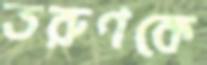
তরুণকে